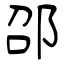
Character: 邵